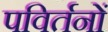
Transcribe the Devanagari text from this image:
पविर्तनों